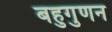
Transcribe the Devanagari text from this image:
बहुगुणन